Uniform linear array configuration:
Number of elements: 8
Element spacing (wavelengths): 0.75
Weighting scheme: exponential
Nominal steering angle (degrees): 0
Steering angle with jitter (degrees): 0.3498
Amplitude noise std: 0.05
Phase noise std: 0.05

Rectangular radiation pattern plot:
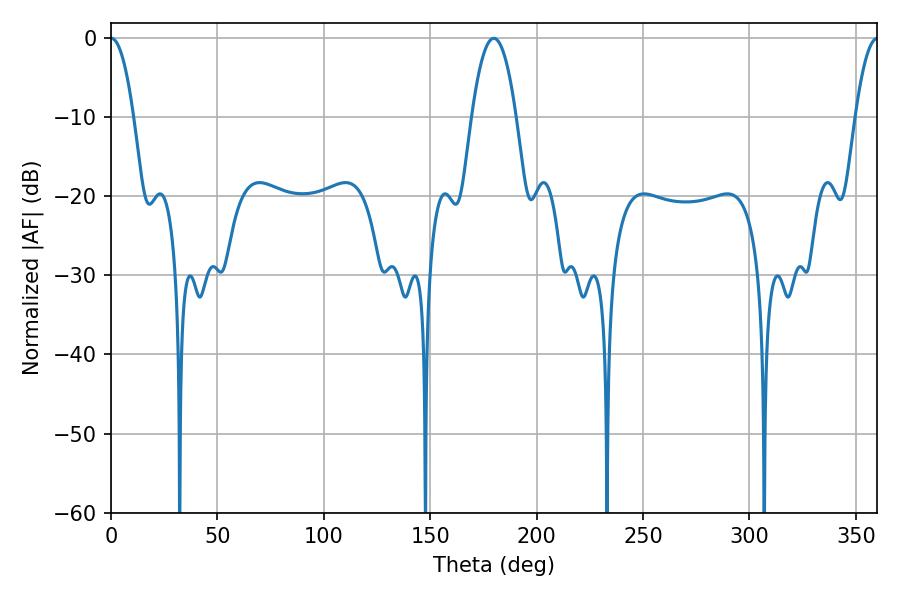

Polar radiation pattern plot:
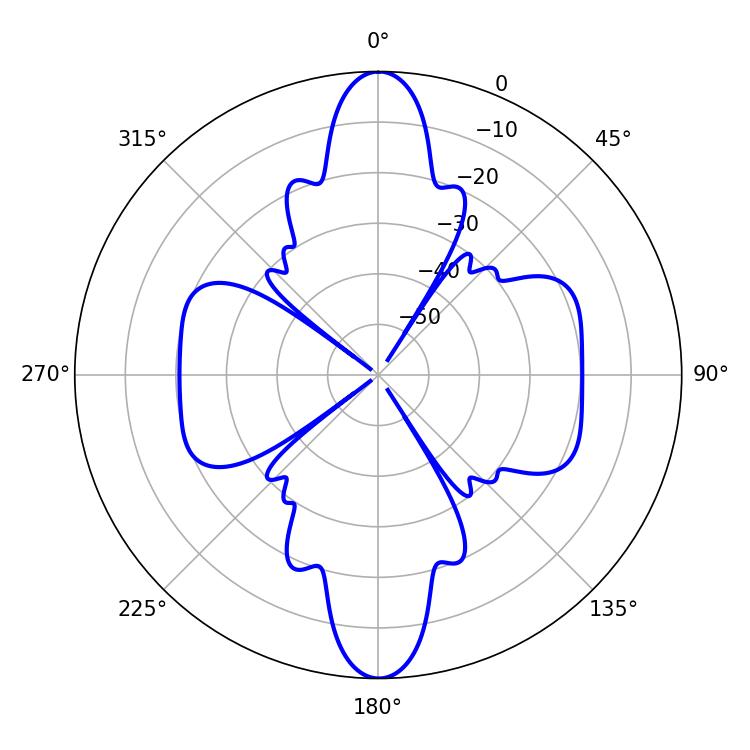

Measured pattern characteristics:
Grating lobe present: TRUE
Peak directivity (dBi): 26.888
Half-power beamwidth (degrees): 11.52
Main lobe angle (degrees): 179.82